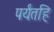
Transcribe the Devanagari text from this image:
पर्यंतहि